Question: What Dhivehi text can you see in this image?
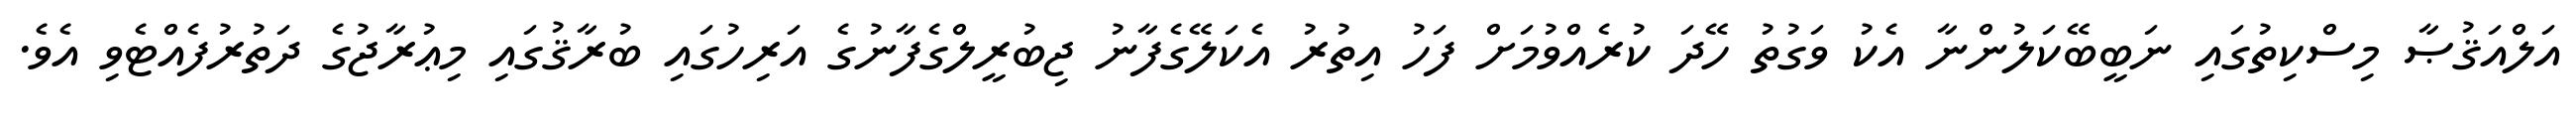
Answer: އަލްއަޤުޞާ މިސްކިތުގައި ނަބީބޭކަލުންނާ އެކު ވަގުތު ހޭދަ ކުރެއްވުމަށް ފަހު އިތުރު އެކަލޭގެފާނު ޖިބުރީލްގެފާނުގެ އަރިހުގައި ބުރާޤުގައި މިޢުރާޖުގެ ދަތުރުފެއްޓެވި އެވެ.